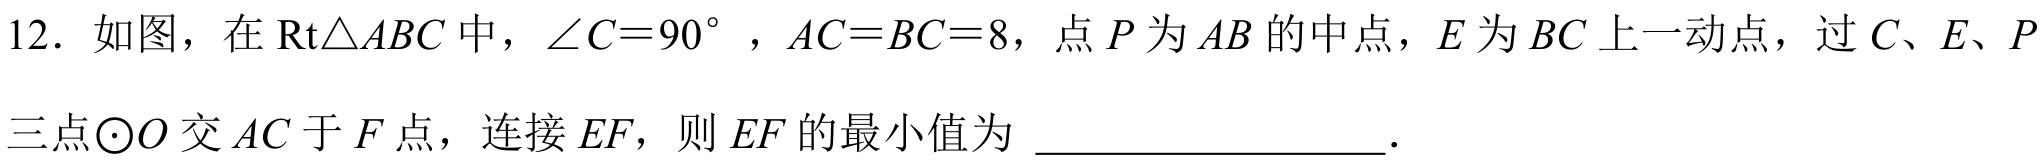
12. 如图，在\(Rt\triangle ABC\)中，\(\angle C = 90^{\circ}\)，\(AC = BC = 8\)，点\(P\)为\(AB\)的中点，\(E\)为\(BC\)上一动点，过\(C\)、\(E\)、\(P\)三点\(\odot O\)交\(AC\)于\(F\)点，连接\(EF\)，则\(EF\)的最小值为 \(\underline{\qquad\qquad}\).